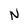
Character: N